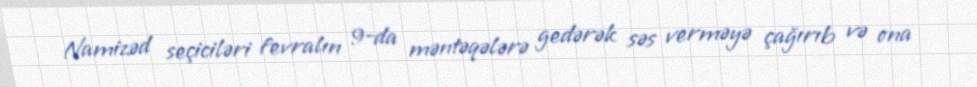
Namizəd seçiciləri fevralın 9-da məntəqələrə gedərək səs verməyə çağırıb və ona